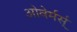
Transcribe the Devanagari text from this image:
ओवेर्मर्स्